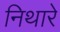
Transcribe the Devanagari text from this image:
निथारे